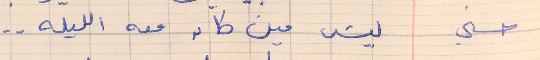
حسني        ليش مين كان معه الليله . .